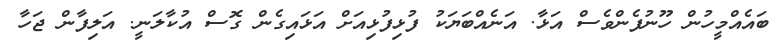
ބައެއްމީހުން ހޫނުފެންވެސް އަޅާ. އަނެއްބަޔަކު ފުޅިފުޅިއަށް އަޅައިގެން ގޮސް އުކާލަނީ. އަލިފާން ޖަހާ